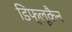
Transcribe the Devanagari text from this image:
डिफ्लूकैन